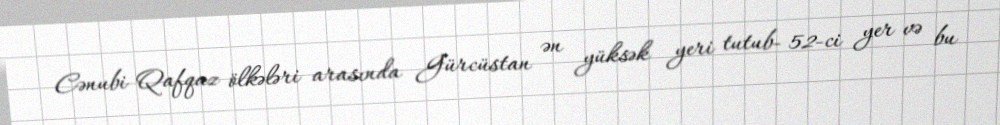
Cənubi Qafqaz ölkələri arasında Gürcüstan ən yüksək yeri tutub- 52-ci yer və bu